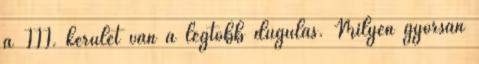
a III. kerület van a legtöbb dugulás. Milyen gyorsan